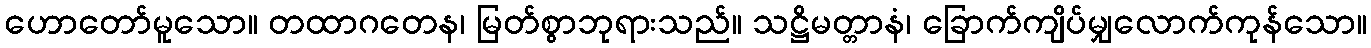
ဟောတော်မူသော။ တထာဂတေန၊ မြတ်စွာဘုရားသည်။ သဋ္ဌိမတ္တာနံ၊ ခြောက်ကျိပ်မျှလောက်ကုန်သော။